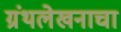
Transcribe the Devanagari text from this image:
ग्रंथलेखनाचा